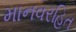
માનવરહિત